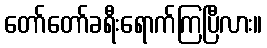
တော်တော်ခရီးရောက်ကြပြီလား။